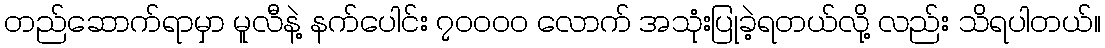
တည်ဆောက်ရာမှာ မူလီနဲ့ နက်ပေါင်း ၇၀၀၀၀ လောက် အသုံးပြုခဲ့ရတယ်လို့ လည်း သိရပါတယ်။